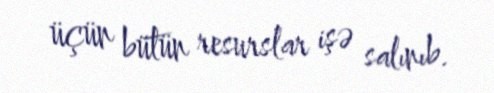
üçün bütün resurslar işə salınıb.